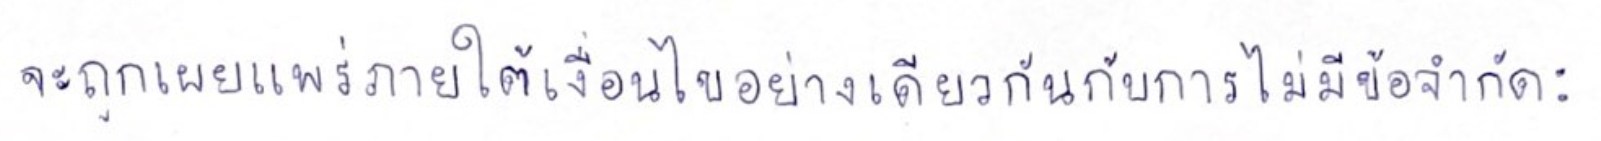
จะถูกเผยแพร่ภายใต้เงื่อนไขอย่างเดียวกันกับการไม่มีข้อจำกัด: